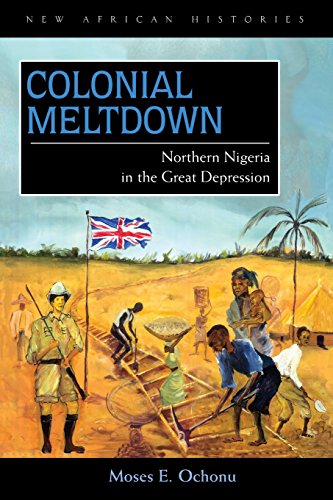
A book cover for Colonial Meltdown: Northern Nigeria in the Great Depression (New African Histories); Moses E. Ochonu; History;